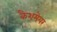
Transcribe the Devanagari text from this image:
कैशमेयर